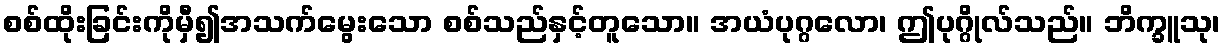
စစ်ထိုးခြင်းကိုမှီ၍အသက်မွေးသော စစ်သည်နှင့်တူသော။ အယံပုဂ္ဂလော၊ ဤပုဂ္ဂိုလ်သည်။ ဘိက္ခူသု၊